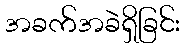
အခက်အခဲရှိခြင်း